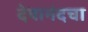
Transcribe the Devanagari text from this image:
देवानंदचा